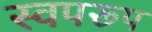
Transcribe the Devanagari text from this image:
स्वपरूप